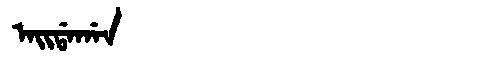
Manchu: ᠠᡳᡩᠠᡤᠠᠨ
Romanization: AIDAGAN